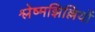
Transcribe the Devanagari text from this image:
श्लेष्मझिल्लियों